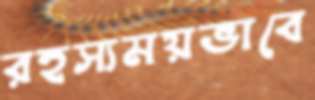
রহস্যময়ভাবে